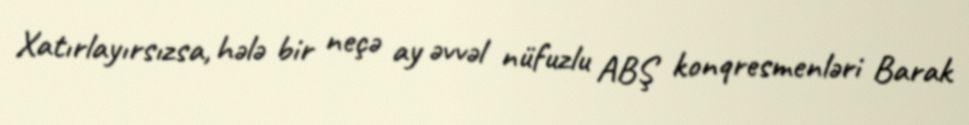
Xatırlayırsızsa, hələ bir neçə ay əvvəl nüfuzlu ABŞ konqresmenləri Barak